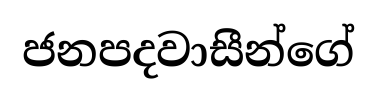
ජනපදවාසීන්ගේ